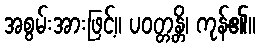
အစွမ်းအားဖြင့်။ ပဝတ္တန္တိ၊ ကုန်၏။